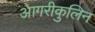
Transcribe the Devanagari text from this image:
आगरीकुलिन